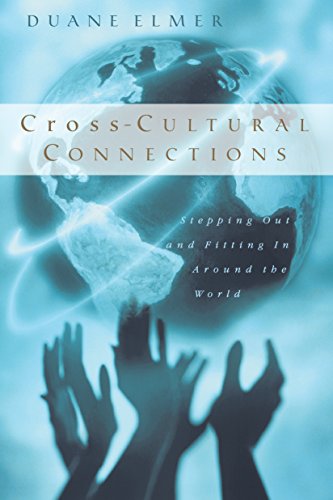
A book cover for Cross-Cultural Connections: Stepping Out and Fitting In Around the World; Duane Elmer; Christian Books & Bibles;